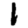
Digit: 1